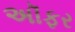
અૉફર